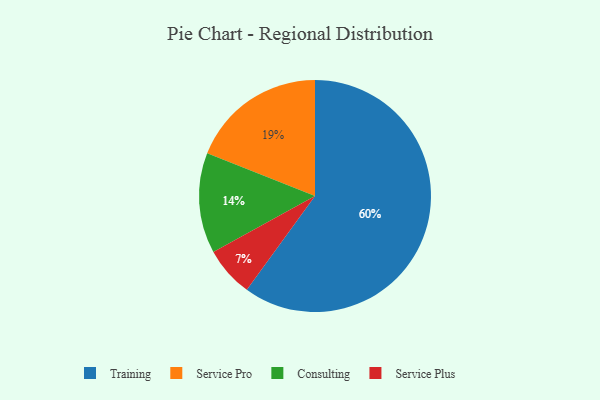
{"axis": {"x": "Category", "y": "Percentage"}, "legend": ["Consulting", "Service Plus", "Service Pro", "Training"], "data": [{"x": "Service Plus", "y": 7, "type": "Service Plus"}, {"x": "Consulting", "y": 14, "type": "Consulting"}, {"x": "Training", "y": 60, "type": "Training"}, {"x": "Service Pro", "y": 19, "type": "Service Pro"}]}